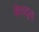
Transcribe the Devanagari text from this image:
मेघदुत्